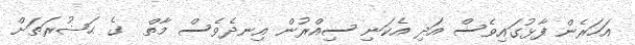
އަހަރެން ފާޅުގައިވެސް އަދި އެކަނި ސިއްރުން އިނދެވެސް މާތް  ގެ ޙަޟުރަތަށް